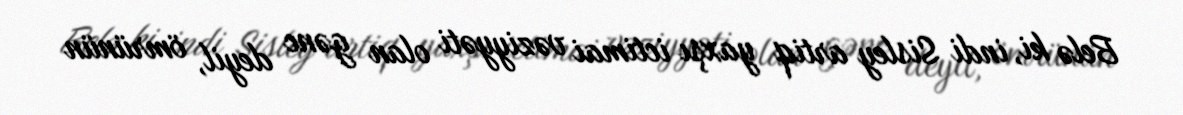
Belə ki, indi Sisley artiq yaxşı ictimai vəziyyəti olan gənc deyil, ömrünün